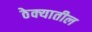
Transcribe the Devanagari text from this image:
ठेक्‍यातील